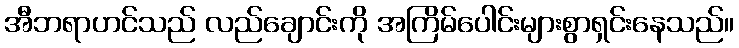
အီဘရာဟင်သည် လည်ချောင်းကို အကြိမ်ပေါင်းများစွာရှင်းနေသည်။